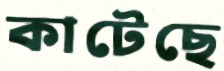
কাটেছে